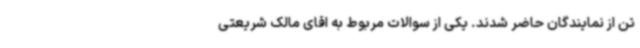
تن از نمایندگان حاضر شدند. یکی از سوالات مربوط به اقای مالک شریعتی